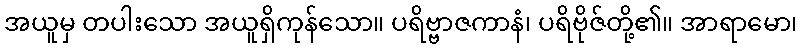
အယူမှ တပါးသော အယူရှိကုန်သော။ ပရိဗ္ဗာဇကာနံ၊ ပရိဗိုဇ်တို့၏။ အာရာမော၊